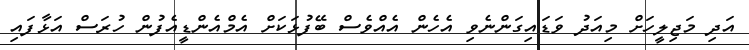
އަދި މަޖިލީހަށް މިއަދު ވަޑައިގަންނެވި އެހެން އެއްވެސް ބޭފުޅަކަށް އެމްއެންޑީއެފުން ހުރަސް އަޅާފައި